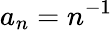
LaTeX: a_{n}=n^{-1}